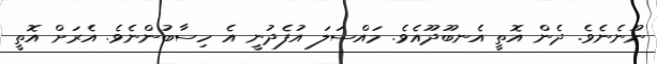
ނޫނެނެވެ. ދެން އޮތީ އެނބޫދޫއެވެ. މައްސަލަ އުފެދުނީ އެ ހިސާބުންނެވެ. އެރަށް އޮތީ